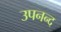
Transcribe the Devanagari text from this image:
उपनन्द